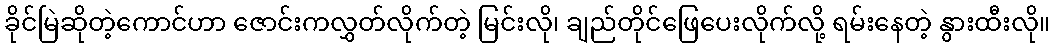
ခိုင်မြဲဆိုတဲ့ကောင်ဟာ ဇောင်းကလွှတ်လိုက်တဲ့ မြင်းလို၊ ချည်တိုင်ဖြေပေးလိုက်လို့ ရမ်းနေတဲ့ နွားထီးလို။